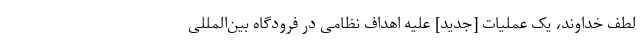
لطف خداوند، یک عملیات [جدید] علیه اهداف نظامی در فرودگاه بین‌المللی